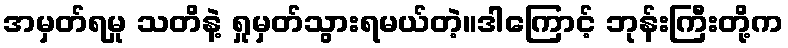
အမှတ်ရမှု သတိနဲ့ ရှုမှတ်သွားရမယ်တဲ့။ဒါကြောင့် ဘုန်းကြီးတို့က